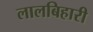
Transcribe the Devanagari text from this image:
लालबिहारी